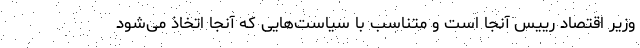
وزیر اقتصاد رییس آنجا است و متناسب با سیاست‌هایی که آنجا اتخاذ می‌شود